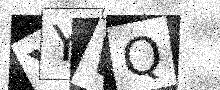
Text: YYWQ